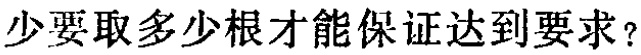
少要取多少根才能保证达到要求？